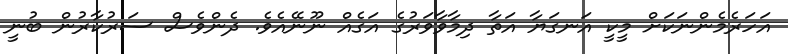
އަހަރެމެންނަކަށް މީކީ އަނގަޔާ އަތާ ދިމާވާވަރުގެ އަގެއް ނޫނޭއެވެ. ދެންވެސް ސަރުކާރުން ބުނީ